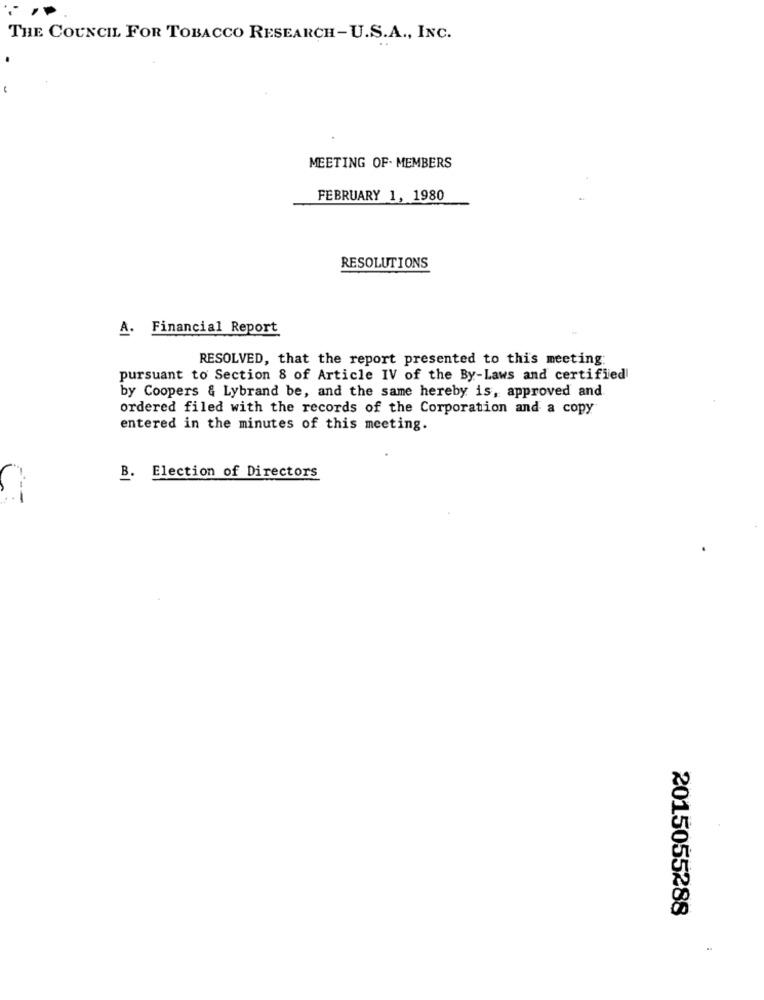
THE COUNCIL FOR TOBACCO RESEARCH-U.S.A ., INC.
MEETING OF. MEMBERS
FEBRUARY 1, 1980
RESOLUTIONS
A.
Financial Report
RESOLVED, that the report presented to this meeting:
pursuant to Section 8 of Article IV of the By-Laws and certified
by Coopers & Lybrand be, and the same hereby is, approved and
ordered filed with the records of the Corporation and a copy
entered in the minutes of this meeting.
B. Election of Directors
2015055288